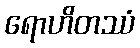
ရောဟိတဿံ